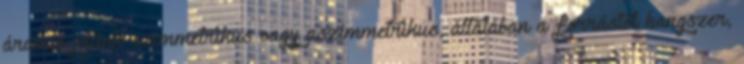
áramló jelünk szimmetrikus vagy aszimmetrikus, általában a forrástól hangszer,